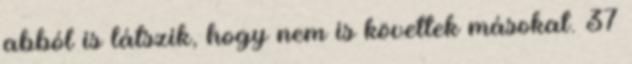
abból is látszik, hogy nem is követtek másokat. 37